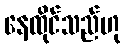
နေထိုင်သည်ဟု